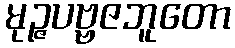
မုဉ္ဇပဗ္ဗဇဘူတော